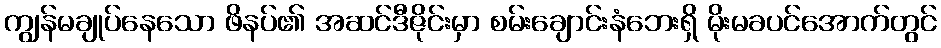
ကျွန်မချုပ်နေသော ဖိနပ်၏ အဆင်ဒီဇိုင်းမှာ စမ်းချောင်းနံဘေးရှိ မိုးမခပင်အောက်တွင်